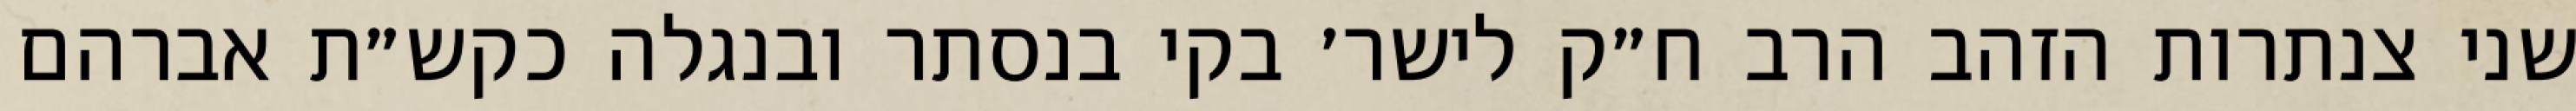
שני צנתרות הזהב הרב ח״ק לישר׳ בקי בנסתר ובנגלה כקש״ת אברהם